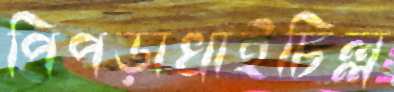
পিপড়াখাইচিল্ল